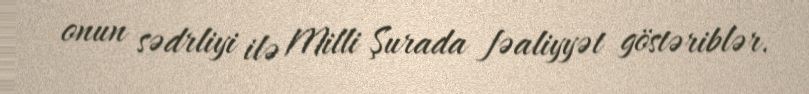
onun sədrliyi ilə Milli Şurada fəaliyyət göstəriblər.